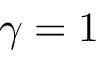
\gamma = 1